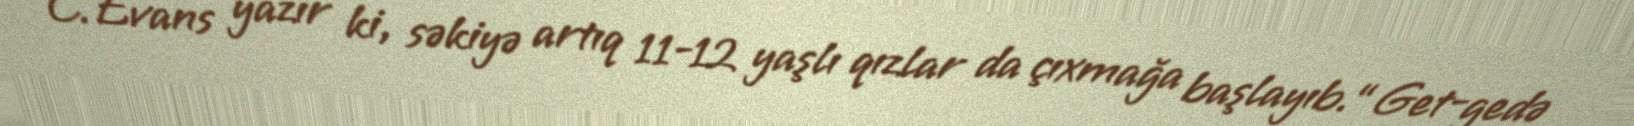
C.Evans yazır ki, səkiyə artıq 11-12 yaşlı qızlar da çıxmağa başlayıb.“Get-gedə